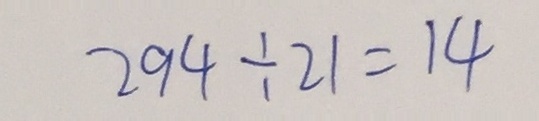
2 9 4 \div 2 1 = 1 4